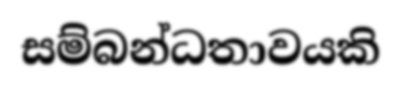
සම්බන්ධතාවයකි